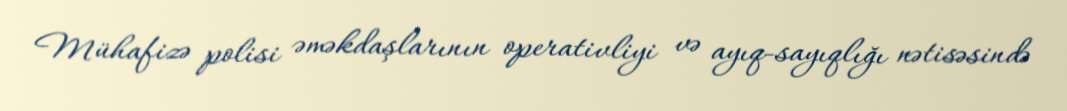
Mühafizə polisi əməkdaşlarının operativliyi və ayıq-sayıqlığı nətisəsində